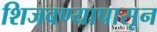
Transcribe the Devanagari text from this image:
शिजवण्यापासून